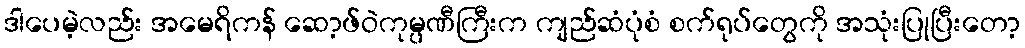
ဒါပေမဲ့လည်း အမေရိကန် ဆော့ဖ်ဝဲကုမ္ပဏီကြီးက ကျည်ဆံပုံစံ စက်ရုပ်တွေကို အသုံးပြုပြီးတော့